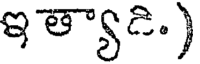
ఇత్యాడి.)